Lunatic asylums in Bengal annual reports 1912-1924 - 1912-1924
Year: 1912
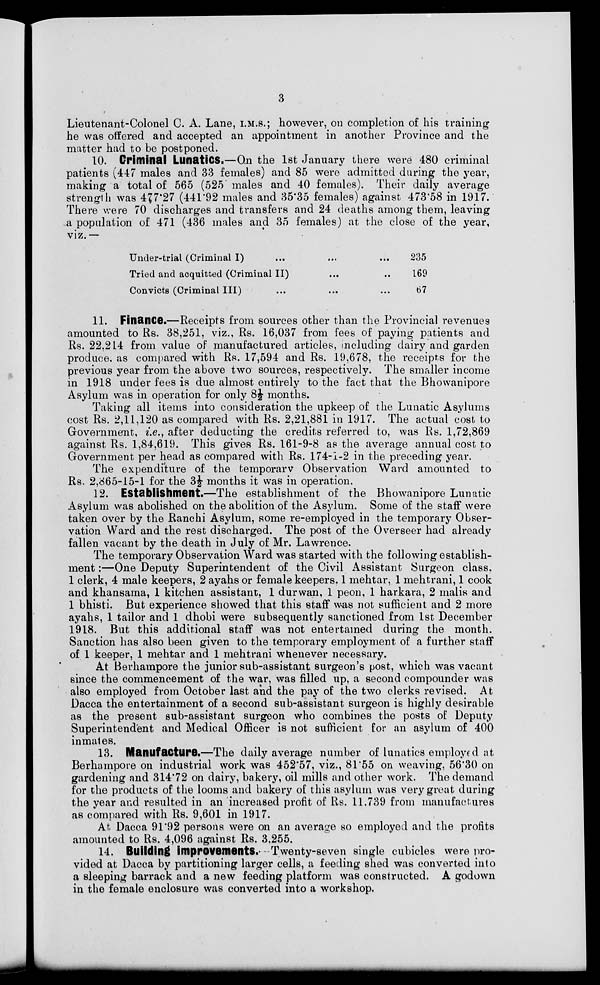
3
Lieutenant-Colonel C. A. Lane, I.M.S.; however, on completion of his training
he was offered and accepted an appointment in another Province and the
matter had to be postponed.
10. Criminal Lunatics.—On the 1st January there were 480 criminal
patients (447 males and 33 females) and 85 were admitted during the year,
making a total of 565 (525 males and 40 females). Their daily average
strength was 477.27 (441.92 males and 35.35 females) against 473.58 in 1917.
There were 70 discharges and transfers and 24 deaths among them, leaving
a population of 471 (436 males and 35 females) at the close of the year,
viz.—
Under-trial (Criminal I) ... ... ...
Tried and acquitted (Criminal II) ... ...
Convicts (Criminal III) ... ... ...
235
169
67
11. Finance.—Receipts from sources other than the Provincial revenues
amounted to Rs. 38,251, viz., Rs. 16,037 from fees of paying patients and
Rs. 22,214 from value of manufactured articles, including dairy and garden
produce, as compared with RS. 17,594 and Rs. 19,678, the receipts for the
previous year from the above two sources, respectively. The smaller income
in 1918 under fees is due almost entirely to the fact that the Bhowanipore
Asylum was in operation for only 8½ months.
Taking all items into consideration the upkeep of the Lunatic Asylums
cost Rs. 2,11,120 as compared with Rs. 2,21,881 in 1917. The actual cost to
Government, i.e., after deducting the credits referred to, was Rs. 1,72,869
against Rs. 1,84,619. This gives Rs. 161-9-8 as the average annual cost to
Government per head as compared with Rs. 174-1-2 in the preceding year.
The expenditure of the temporary Observation Ward amounted to
Rs. 2,865-15-1 for the 3½ months it was in operation.
12. Establishment.—The establishment of the Bhowanipore Lunatic
Asylum was abolished on the abolition of the Asylum. Some of the staff were
taken over by the Ranchi Asylum, some re-employed in the temporary Obser-
vation Ward and the rest discharged. The post of the Overseer had already
fallen vacant by the death in July of Mr. Lawrence.
The temporary Observation Ward was started with the following establish-
ment :—One Deputy Superintendent of the Civil Assistant Surgeon class.
1 clerk, 4 male keepers, 2 ayahs or female keepers. 1 mehtar, 1 mehtrani, 1 cook
and khansama, 1 kitchen assistant, 1 durwan, 1 peon, 1 harkara, 2 malis and
1 bhisti. But experience showed that this staff was not sufficient and 2 more
ayahs, 1 tailor and 1 dhobi were subsequently sanctioned from 1st December
1918. But this additional staff was not entertained during the month.
Sanction has also been given to the temporary employment of a further staff
of 1 keeper, 1 mehtar and 1 mehtrani whenever necessary.
At Berhampore the junior sub-assistant surgeon's post, which was vacant
since the commencement of the war, was filled up, a second compounder was
also employed from October last and the pay of the two clerks revised. At
Dacca the entertainment of a second sub-assistant surgeon is highly desirable
as the present sub-assistant surgeon who combines the posts of Deputy
Superintendent and Medical Officer is not sufficient for an asylum of 400
inmates.
13. Manufacture.—The daily average number of lunatics employed at
Berhampore on industrial work was 452.57, viz., 81.55 on weaving, 56.30 on
gardening and 314.72 on dairy, bakery, oil mills and other work. The demand
for the products of the looms and bakery of this asylum was very great during
the year and resulted in an increased profit of Rs. 11,739 from manufactures
as compared with Rs. 9,601 in 1917.
At Dacca 91.92 persons were on an average so employed and the profits
amounted to Rs. 4,096 against Rs. 3,255.
14. Building improvements. Twenty-seven single cubicles were pro-
vided at Dacca by partitioning larger cells, a feeding shed was converted into
a sleeping barrack and a new feeding platform was constructed. A godown
in the female enclosure was converted into a workshop.